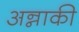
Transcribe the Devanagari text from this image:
अन्नाकी